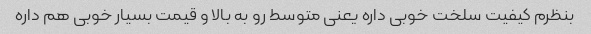
بنظرم کیفیت سلخت خوبی داره یعنی متوسط رو به بالا و قیمت بسیار خوبی هم داره